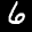
Label: 6